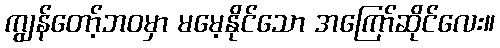
ကျွန်တော့်ဘဝမှာ မမေ့နိုင်သော အကြော်ဆိုင်လေး။